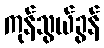
ကုန်သွယ်ခွန်